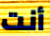
أنت